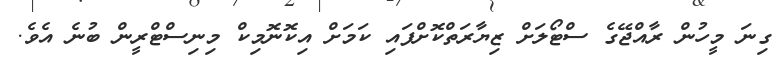
ގިނަ މީހުން ރާއްޖޭގެ ސްޓޯލަށް ޒިޔާރަތްކޮށްފައި ކަމަށް އިކޮނޮމިކް މިނިސްޓްރީން ބުނެ އެވެ.